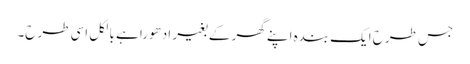
جس طرح ایک بندہ اپنے گھر کے بغیر ادھورا ہے بالکل اسی طرح۔